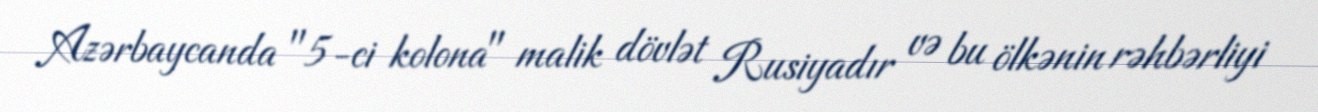
Azərbaycanda "5-ci kolona" malik dövlət Rusiyadır və bu ölkənin rəhbərliyi